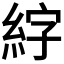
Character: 𫃣